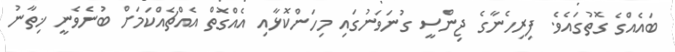
ބައެއްގެ ގޮތުގައެވެ. ފިރިހެނާގެ ޖިންސީ ގުނަވަނުގައި މިހަންކޮޅާއި އެއްގޮތް އެއްޗެއްކަމަށް ބުނެވެނީ ޚިތާނު